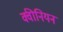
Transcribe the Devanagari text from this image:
क्वीनियन